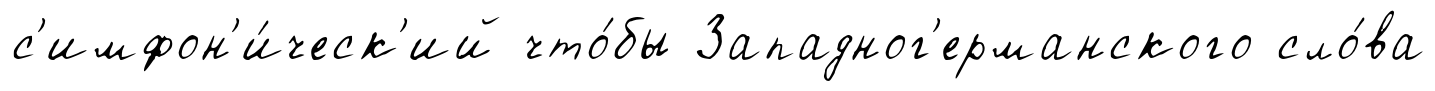
с'имфон'и́ческ'ий что́бы Западног'ерманского сло́ва